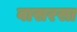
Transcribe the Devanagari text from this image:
वासरसा